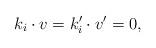
LaTeX: \begin{align*}k_i\cdot v=k'_i\cdot v'=0,\end{align*}